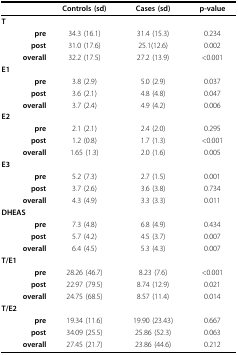
<table><thead><tr><td></td><td><b>Controls (sd)</b></td><td><b>Cases (sd)</b></td><td><b>p-value</b></td></tr></thead><tbody><tr><td><b>T</b></td><td></td><td></td><td></td></tr><tr><td><b>pre</b></td><td>34.3 (16.1)</td><td>31.4 (15.3)</td><td>0.234</td></tr><tr><td><b>post</b></td><td>31.0 (17.6)</td><td>25.1(12.6)</td><td>0.002</td></tr><tr><td><b>overall</b></td><td>32.2 (17.5)</td><td>27.2 (13.9)</td><td>&lt; 0.001</td></tr><tr><td><b>E1</b></td><td></td><td></td><td></td></tr><tr><td><b>pre</b></td><td>3.8 (2.9)</td><td>5.0 (2.9)</td><td>0.037</td></tr><tr><td><b>post</b></td><td>3.6 (2.1)</td><td>4.8 (4.8)</td><td>0.047</td></tr><tr><td><b>overall</b></td><td>3.7 (2.4)</td><td>4.9 (4.2)</td><td>0.006</td></tr><tr><td><b>E2</b></td><td></td><td></td><td></td></tr><tr><td><b>pre</b></td><td>2.1 (2.1)</td><td>2.4 (2.0)</td><td>0.295</td></tr><tr><td><b>post</b></td><td>1.2 (0.8)</td><td>1.7 (1.3)</td><td>&lt; 0.001</td></tr><tr><td><b>overall</b></td><td>1.65 (1.3)</td><td>2.0 (1.6)</td><td>0.005</td></tr><tr><td><b>E3</b></td><td></td><td></td><td></td></tr><tr><td><b>pre</b></td><td>5.2 (7.3)</td><td>2.7 (1.5)</td><td>0.001</td></tr><tr><td><b>post</b></td><td>3.7 (2.6)</td><td>3.6 (3.8)</td><td>0.734</td></tr><tr><td><b>overall</b></td><td>4.3 (4.9)</td><td>3.3 (3.3)</td><td>0.011</td></tr><tr><td><b>DHEAS</b></td><td></td><td></td><td></td></tr><tr><td><b>pre</b></td><td>7.3 (4.8)</td><td>6.8 (4.9)</td><td>0.434</td></tr><tr><td><b>post</b></td><td>5.7 (4.2)</td><td>4.5 (3.7)</td><td>0.007</td></tr><tr><td><b>overall</b></td><td>6.4 (4.5)</td><td>5.3 (4.3)</td><td>0.007</td></tr><tr><td><b>T/E1</b></td><td></td><td></td><td></td></tr><tr><td><b>pre</b></td><td>28.26 (46.7)</td><td>8.23 (7.6)</td><td>&lt; 0.001</td></tr><tr><td><b>post</b></td><td>22.97 (79.5)</td><td>8.74 (12.9)</td><td>0.021</td></tr><tr><td><b>overall</b></td><td>24.75 (68.5)</td><td>8.57 (11.4)</td><td>0.014</td></tr><tr><td><b>T/E2</b></td><td></td><td></td><td></td></tr><tr><td><b>pre</b></td><td>19.34 (11.6)</td><td>19.90 (23.43)</td><td>0.667</td></tr><tr><td><b>post</b></td><td>34.09 (25.5)</td><td>25.86 (52.3)</td><td>0.063</td></tr><tr><td><b>overall</b></td><td>27.45 (21.7)</td><td>23.86 (44.6)</td><td>0.212</td></tr></tbody></table>